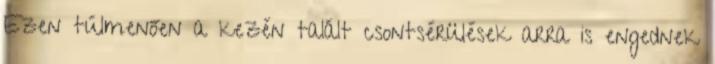
Ezen túlmenően a kezén talált csontsérülések arra is engednek